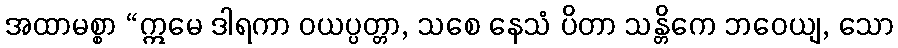
အထာမစ္စာ “ဣမေ ဒါရကာ ဝယပ္ပတ္တာ, သစေ နေသံ ပိတာ သန္တိကေ ဘဝေယျ, သော